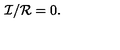
{ \mathcal { I } } / { \mathcal { R } } = 0 .